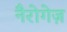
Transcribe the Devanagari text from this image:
नैरोगेज़